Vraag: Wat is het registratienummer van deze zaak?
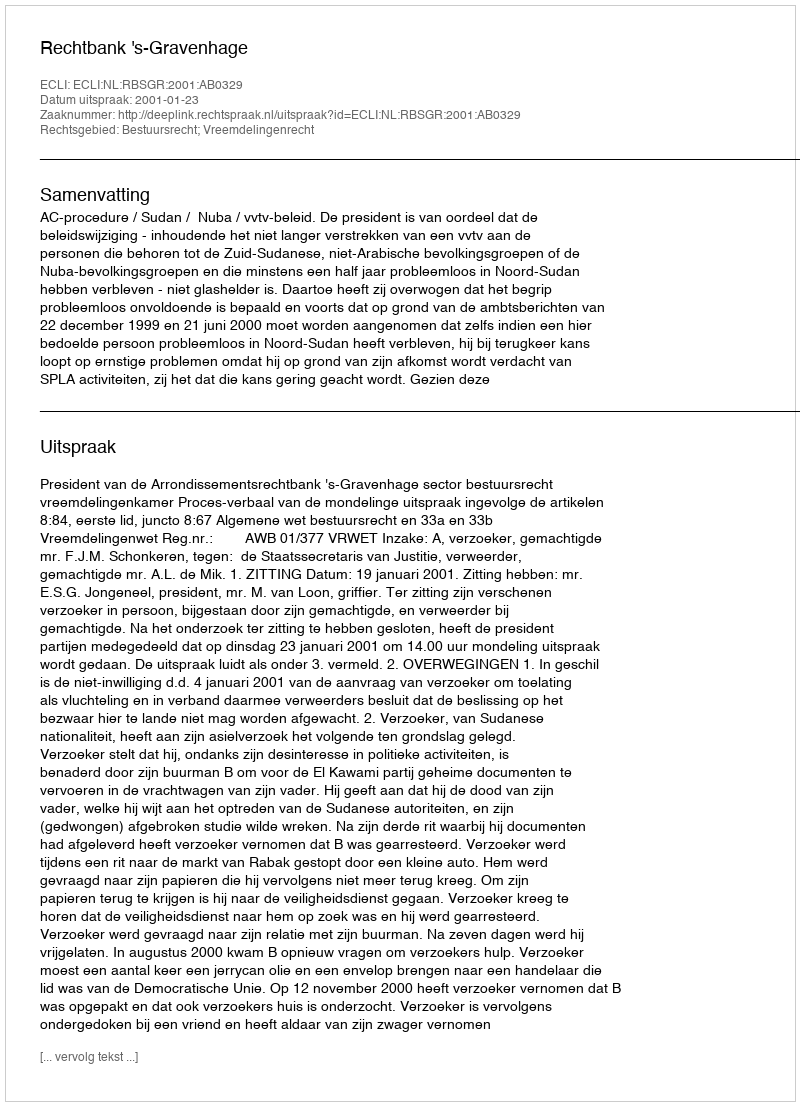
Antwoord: http://deeplink.rechtspraak.nl/uitspraak?id=ECLI:NL:RBSGR:2001:AB0329